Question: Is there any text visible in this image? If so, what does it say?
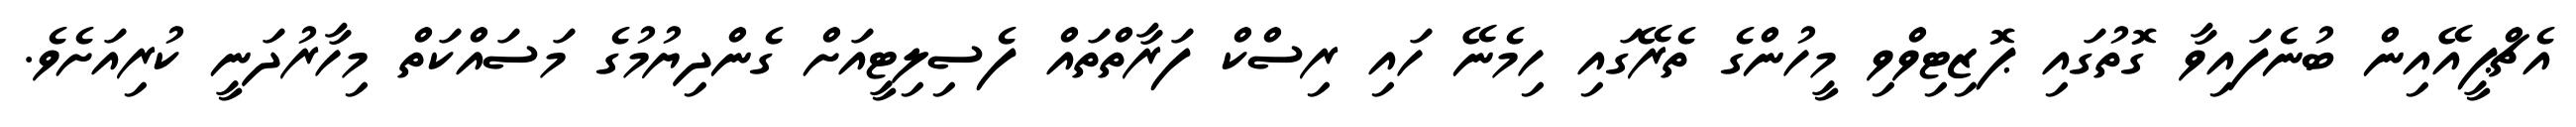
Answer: އެޗްޕީއޭއިން ބުނެފައިވާ ގޮތުގައި ޕޮޒިޓިވްވި މީހުންގެ ތެރޭގައި ހިމެނޭ ހައި ރިސްކް ފަރާތްތައް ފެސިލިޓީއަށް ގެންދިޔުމުގެ މަސައްކަތް މިހާރުދަނީ ކުރިއަށެވެ.